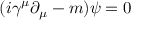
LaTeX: \ ( i \gamma ^ { \mu } \partial _ { \mu } - m ) \psi = 0